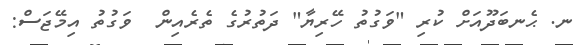
ނ. ޙެނބަދޫއަށް ކުރި "ވަގުތު ހޭރިޔާ" ދަތުރުގެ ތެރެއިން  ވަގުތު އިމޭޖަސް: